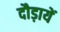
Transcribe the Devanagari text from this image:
दौड़ायें